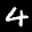
Label: 4